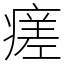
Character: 瘥